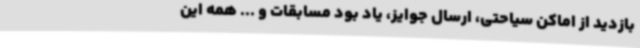
بازدید از اماکن سیاحتی، ارسال جوایز، یاد بود مسابقات و ... همه این